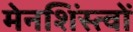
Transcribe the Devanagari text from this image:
मेनशिंस्त्वों